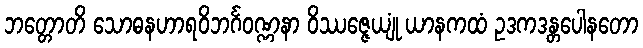
ဘတ္တောတိ သောဓနဟာရဝိဘင်္ဂဝဏ္ဏနာ ဝိဿဇ္ဇေယျုံ ယာနကထံ ဥဒကဒန္တပေါနတော